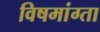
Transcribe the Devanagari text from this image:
विषमांग्ता